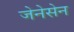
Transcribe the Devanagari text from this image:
जेनेसेन